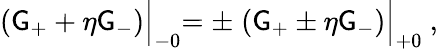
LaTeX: (\mathsf{G}_{+}+\eta\mathsf{G}_{-})\Bigl\vert_{-0}=\pm\; (\mathsf{G}_{+}\pm\eta\mathsf{G}_{-})\Bigl\vert_{+0}\ ,